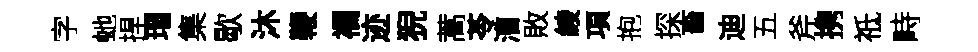
字虵捍瑁集歇沐鞭襴迹猊蒿苓漕敗綾項抱探畜迪五斧携祗畤